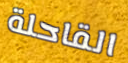
القاحلة